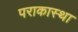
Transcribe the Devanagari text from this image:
पराकास्था